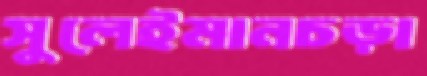
সুলেইমানচড়া